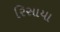
રિસાયા